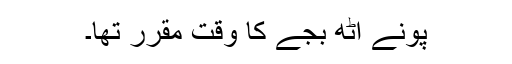
پونے آٹھ بجے کا وقت مقرر تھا۔